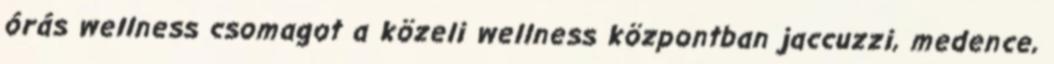
órás wellness csomagot a közeli wellness központban jaccuzzi, medence,